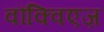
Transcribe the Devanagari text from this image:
वौक्विएज़